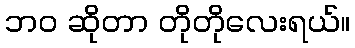
ဘဝ ဆိုတာ တိုတိုလေးရယ်။